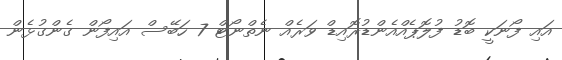
އައި ފޯނަކީ ބޮޑު ފުލޮޕެއްއެންޑުރޮއިޑް ވަރެއް ނެތްނޯޓް 7 ހަބޭސް އައިފޯން ގެންގުޅެން